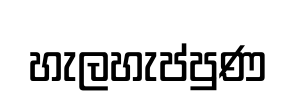
හැලහැප්පුණ